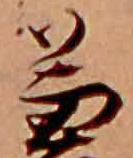
兼